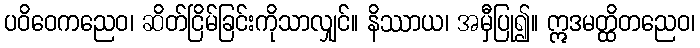
ပဝိဝေကညေဝ၊ ဆိတ်ငြိမ်ခြင်းကိုသာလျှင်။ နိဿာယ၊ အမှီပြု၍။ ဣဒမတ္ထိတညေဝ၊